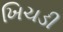
ખિચડી